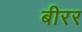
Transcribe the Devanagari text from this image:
बीरर